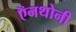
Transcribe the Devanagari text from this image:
ऍनथोनी